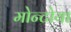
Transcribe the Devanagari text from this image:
मोन्टोया